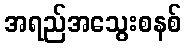
အရည်အသွေးစနစ်